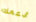
أدعمك